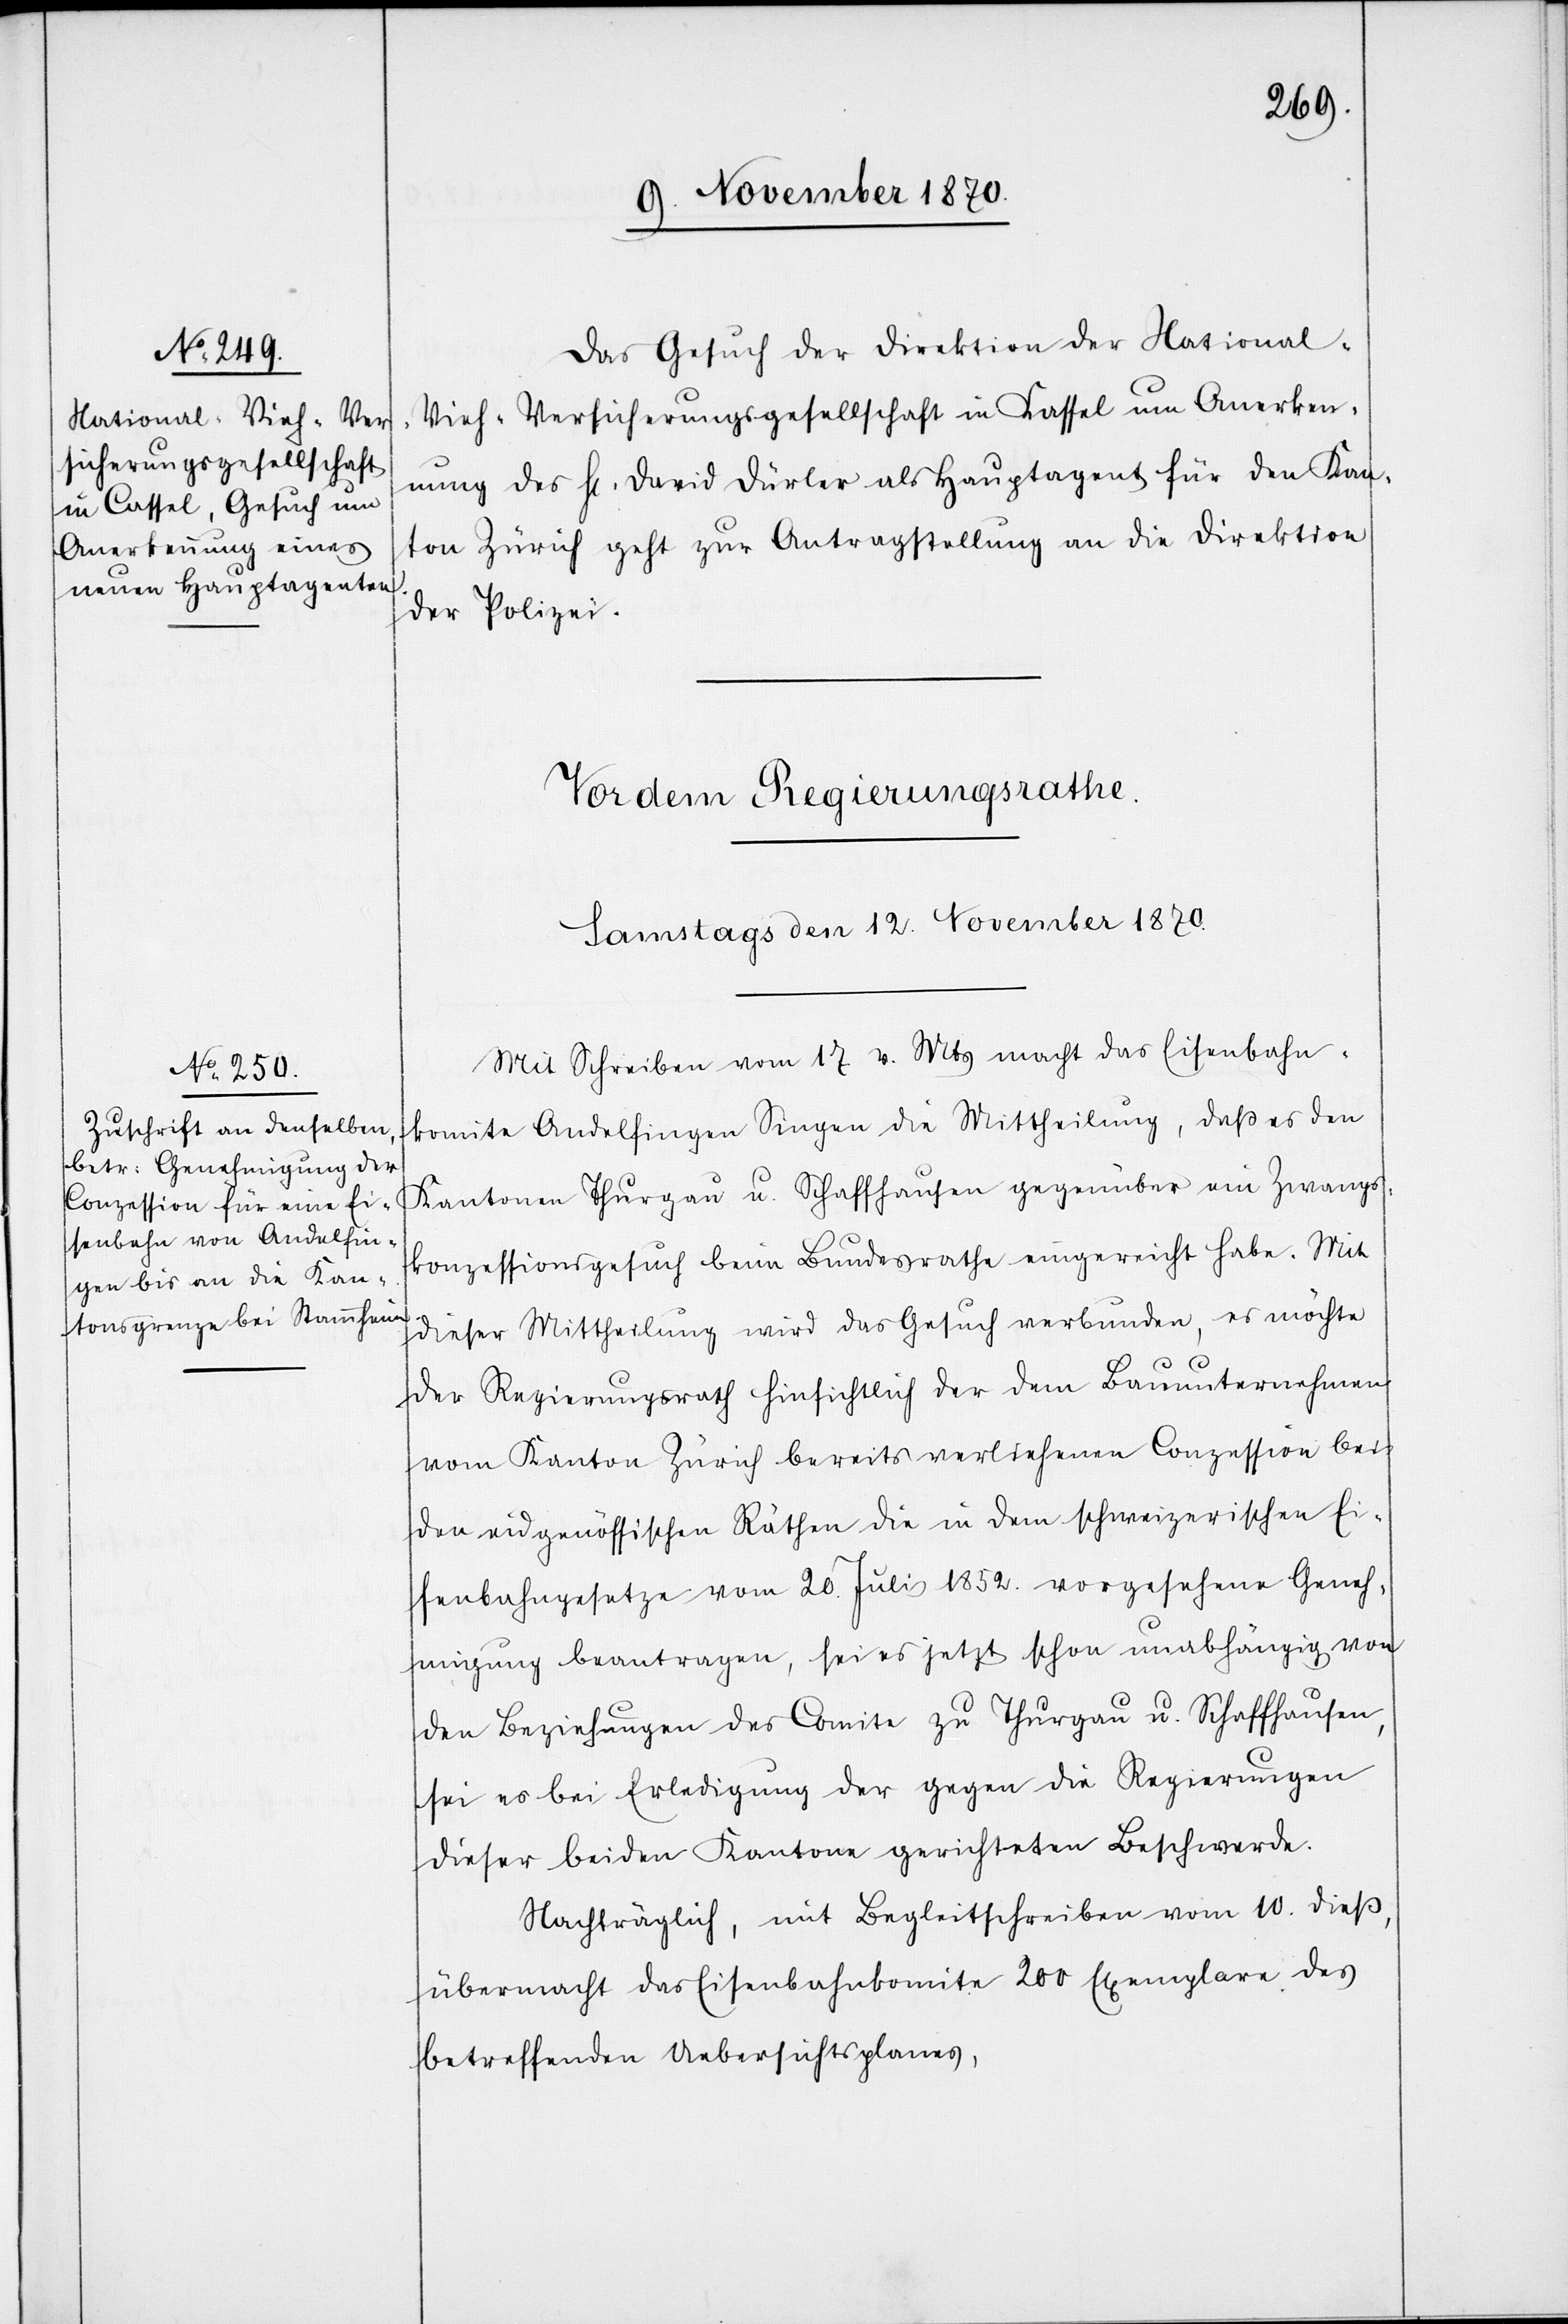
Das Gesuch der Direktion der National-V¬
ieh-Versicherungsgesellschaft in Kassel um Anerken¬
nung des H[errn] David Dürler als Hauptagent für den Kan¬
ton Zürich geht zur Antragstellung an die Direktion
der Polizei.
Mit Schreiben vom 17 v. Mts. macht das Eisenbahn¬
komite Andelfingen Singen die Mittheilung, daß es den
Kantonen Thurgau u. Schaffhausen gegenüber ein Zwangs¬
konzessionsgesuch beim Bundesrathe eingereicht habe. Mit
dieser Mittheilung wird das Gesuch verbunden, es möchte
der Regierungsrath hinsichtlich der dem Bauunternehmen
vom Kanton Zürich bereits verliehenen Conzession bei
den eidgenössischen Räthen die in dem schweizerischen Ei¬
senbahngesetze vom 20. Juli 1852. vorgesehene Geneh¬
migung beantragen, sei es jetzt schon unabhängig von
den Beziehungen des Comite zu Thurgau u. Schaffhausen,
sei es bei Erledigung der gegen die Regierungen
dieser beiden Kantone gerichteten Beschwerde.
Nachträglich, mit Begleitschreiben vom 10. dieß,
übermacht das Eisenbahnkomite 200 Exemplare des
betreffenden Uebersichtsplanes,